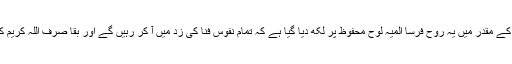
بنی نوع انساں کے مقدر میں یہ روح فرسا المیہ لوح محفوظ پر لکھ دیا گیا ہے کہ تمام نفوس فنا کی زد میں آ کر رہیں گے اور بقا صرف اللہ کریم کی ذات کو ہے۔